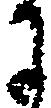
に